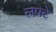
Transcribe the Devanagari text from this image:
लपटे